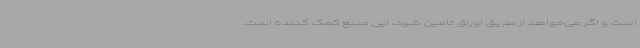
است و اگر می‌خواهد از طریق اوراق تامین شود، این منبع کمک کننده است‌.